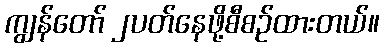
ကျွန်တော် ၂ပတ်နေဖို့စီစဉ်ထားတယ်။